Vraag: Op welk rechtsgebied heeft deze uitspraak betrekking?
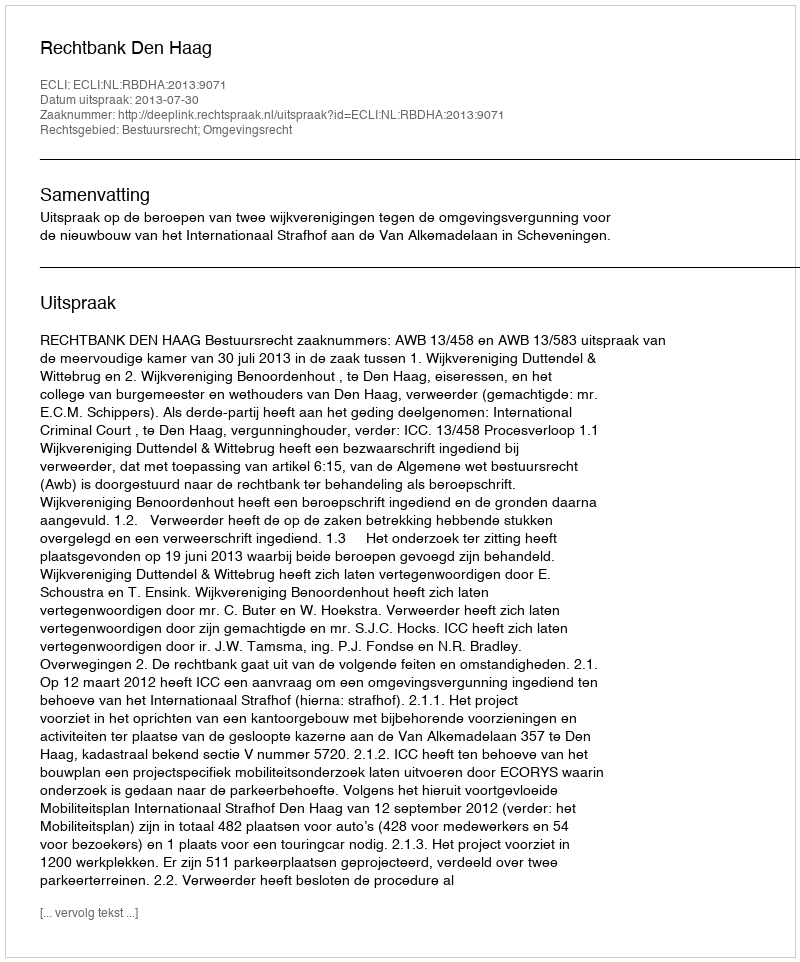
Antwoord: Bestuursrecht; Omgevingsrecht